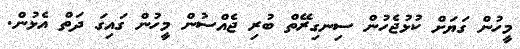
މީހުން ގަޔަށް ކުޅުޖެހުން ސިނގިރޭތް ބުރި ޖެއްސުން މީހުން ގައިގަ ދަތް އެޅުން.